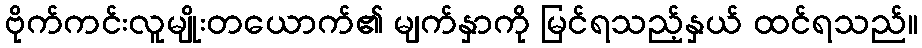
ဗိုက်ကင်းလူမျိုးတယောက်၏ မျက်နှာကို မြင်ရသည့်နှယ် ထင်ရသည်။